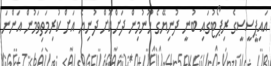
އައިޕީސީސީގެ ރިޕޯޓުގައި ބުނީ ދުނިޔޭގެ ހޫނުމިން ދަށްކޮށް ދުނިޔެ އަށް ކުރިމަތިވަމުން އަންނަ